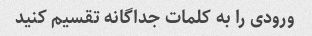
ورودی را به کلمات جداگانه تقسیم کنید